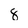
Character: 8